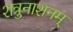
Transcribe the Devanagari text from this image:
शत्रुनाशनम्